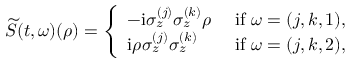
\widetilde { S } ( t , \omega ) ( { \rho } ) = \left\{ \begin{array} { l l } { - \mathrm { i } \sigma _ { z } ^ { ( j ) } \sigma _ { z } ^ { ( k ) } { \rho } } & { \mathrm { ~ i f ~ } \omega = ( j , k , 1 ) , } \\ { \mathrm { i } { \rho } \sigma _ { z } ^ { ( j ) } \sigma _ { z } ^ { ( k ) } } & { \mathrm { ~ i f ~ } \omega = ( j , k , 2 ) , } \end{array} \right.